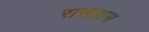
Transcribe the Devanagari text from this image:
रासग्राम